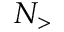
N _ { > }